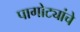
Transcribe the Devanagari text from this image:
पागोट्यांचे